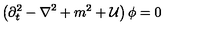
\left( { \partial } _ { t } ^ { 2 } - { \bf \nabla } ^ { 2 } + m ^ { 2 } + { \cal U } \right) \phi = 0